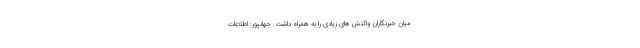
میان خبرنگاران واکنش های زیادی را به همراه داشت. جهانپور: اطلاعات